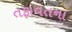
તફાવતના